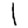
Digit: 1